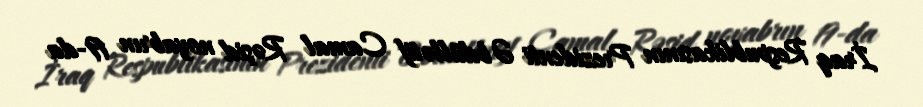
İraq Respublikasının Prezidenti Əbdüllətif Camal Rəşid noyabrın 19-da